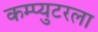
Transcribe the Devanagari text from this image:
कम्प्युटरला